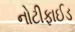
નોટીફાઈડ